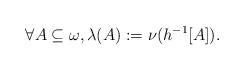
LaTeX: \begin{align*}\forall A\subseteq \omega,\lambda(A):=\nu(h^{-1}[A]). \end{align*}